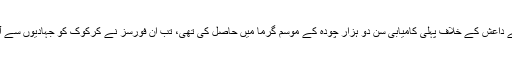
پیش مرگہ نے داعش کے خلاف پہلی کامیابی سن دو ہزار چودہ کے موسم گرما میں حاصل کی تھی، تب ان فورسز نے کرکوک کو جہادیوں سے آزاد کرایا تھا۔